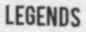
LEGENDS